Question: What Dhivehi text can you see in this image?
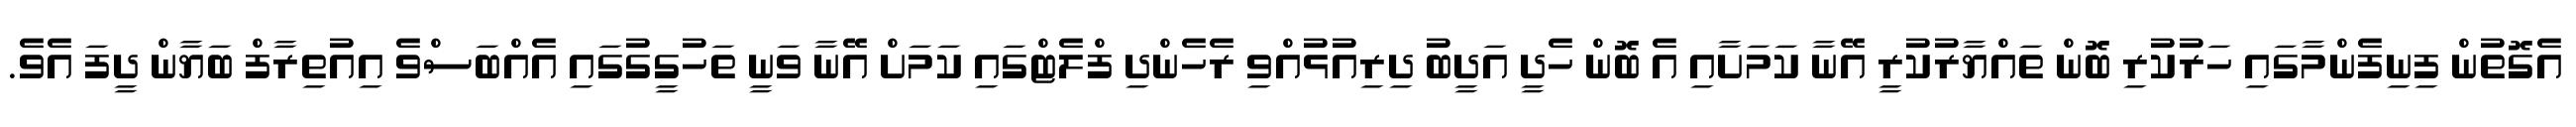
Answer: އެގޮތުން ފިނިފެންމާގައި ހަރުކުރި ބޮން ތައްޔާރުކުރީ އޭނާ ކަމަށާއި އެ ބޮން ހެދީ އަދީބު ދިރިއުޅުއްވި ރެހެންދި ފްލެޓްގައި ކަމަށް އޭނާ ވަނީ ތަހުގީގުގައި އެއްބަސްވެ އިއުތިރާފް ބަޔާން ދީފަ އެވެ.